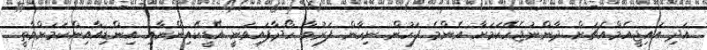
އަދި އައިޖީއެމްއެޗަށް ދާންނުޖެހޭކަމަށާ އެންމެ ފަހުން ނިހާން ފަރުވާ ހޯދާފައިވަނީ އޭޑީކޭއިންނާއި އިންޑިއާއިންކަމަށްވާތީ